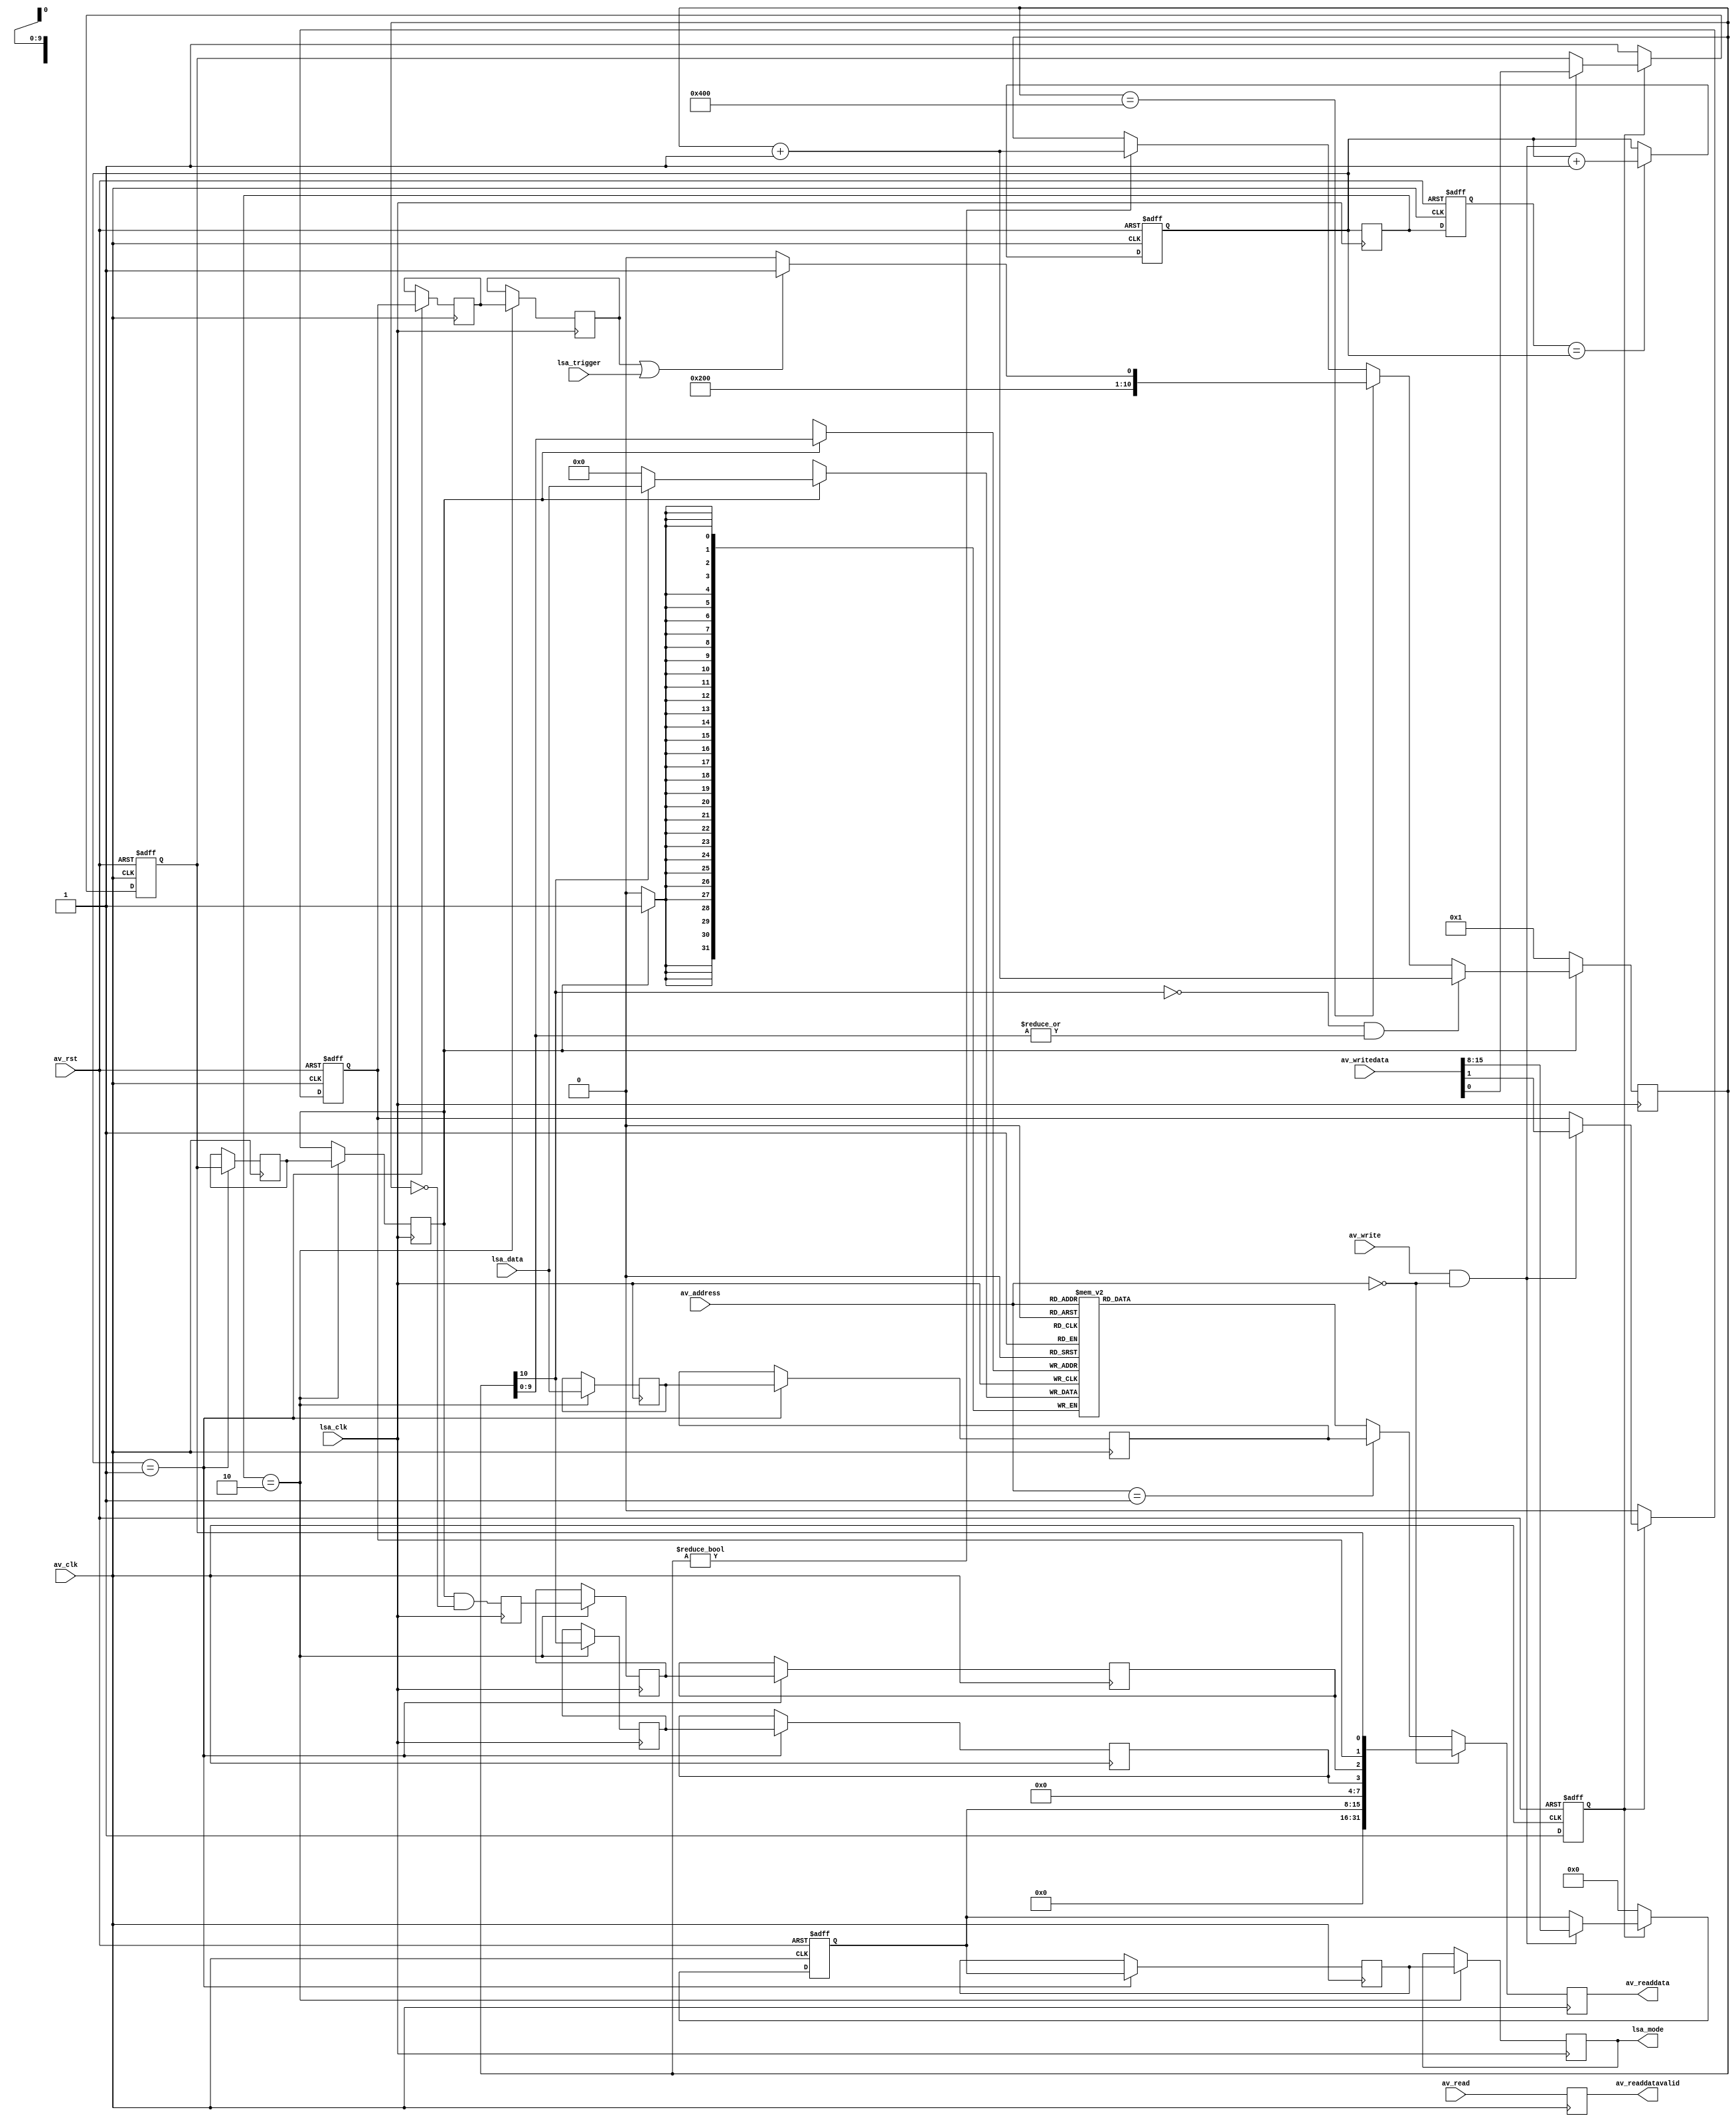
module debug_lsa
(
    input av_clk,
    input av_rst,
    input [9:0] av_address,
    input av_write,
    input av_read,
    input [31:0] av_writedata,
    output reg [31:0] av_readdata,
    output reg av_readdatavalid,
    output reg [7:0] lsa_mode,
    input lsa_clk,
    input lsa_trigger,
    input [31:0] lsa_data
);
    parameter INIT_ARMED = 1;
    parameter INIT_FORCED = 0;
    parameter INIT_MODE = 8'd0;
    reg [1:0] sync_av;
    reg [1:0] sync_lsa;
    reg [1:0] sync_lsa_av;
    reg ctrl_arm;
    reg av_arm;
    reg lsa_arm;
    reg ctrl_force;
    reg av_force;
    reg lsa_force;
    reg [7:0] ctrl_mode;
    reg [7:0] av_mode;
    reg sample_done;
    reg av_done;
    reg lsa_done;
    wire sample_running;
    reg av_running;
    reg lsa_running;
    wire [31:0] sample_live = lsa_data;
    reg [31:0] av_live;
    reg [31:0] lsa_live;
    always @ (posedge av_clk or posedge av_rst)
        if (av_rst)
        begin
            sync_lsa_av <= 2'd0;
            sync_av <= 2'd0;
        end
        else
        begin
            sync_lsa_av <= sync_lsa;
            sync_av <= (sync_lsa_av == sync_av) ? sync_av + 2'd1 : sync_av;
        end
    always @ (posedge lsa_clk)
        sync_lsa <= sync_av;
    always @ (posedge av_clk)
        if (sync_av == 2'b01)
            {av_live, av_running, av_done, av_mode, av_force, av_arm} <=
                            {lsa_live, lsa_running, lsa_done, ctrl_mode, ctrl_force, ctrl_arm};
    always @ (posedge lsa_clk)
        if (sync_lsa == 2'b10)
            {lsa_live, lsa_running, lsa_done, lsa_mode, lsa_force, lsa_arm} <=
                            {sample_live, sample_running, sample_done, av_mode, av_force, av_arm};
    reg [10:0] sample_waddr;
    assign sample_running = sample_waddr[10];
    reg [31:0] sample_data[1023:0];
    always @ (posedge lsa_clk)
        sample_done <= lsa_arm && (sample_waddr == 11'h000);
    always @ (posedge lsa_clk)
        if (!lsa_arm)
            sample_waddr <= 11'h001;
        else if (!sample_waddr[10] && |sample_waddr[9:0])
            sample_waddr <= sample_waddr + 11'd1;
        else if (sample_waddr == 11'h400)
            sample_waddr <= (lsa_force || lsa_trigger) ? 11'h401 : 11'h400;
        else if (sample_waddr != 11'h000)
            sample_waddr <= sample_waddr + 10'd1;
    always @ (posedge lsa_clk)
        if (lsa_arm)
            sample_data[sample_waddr[9:0]] <= (sample_waddr[10]) ? lsa_data : 32'd0;
    reg init_cycle;
    always @ (posedge av_clk or posedge av_rst)
        if (av_rst)
        begin
            ctrl_arm <= 1'b0;
            ctrl_force <= 1'b0;
            ctrl_mode <= 8'd0;
            init_cycle <= 1'b0;
        end
        else if (!init_cycle)
        begin
            ctrl_arm <= (INIT_ARMED != 0);
            ctrl_force <= (INIT_FORCED != 0);
            ctrl_mode <= INIT_MODE;
            init_cycle <= 1'b1;
        end
        else if (av_write && (av_address == 10'd0))
        begin
            ctrl_arm <= av_writedata[0];
            ctrl_force <= av_writedata[1];
            ctrl_mode <= av_writedata[15:8];
        end
    always @ (posedge av_clk)
        av_readdatavalid <= av_read;
    always @ (posedge av_clk)
        if (av_address == 10'd0)
            av_readdata <= {16'd0, ctrl_mode, 4'd0, av_running, av_done, ctrl_force, ctrl_arm};
        else if (av_address == 10'd1)
            av_readdata <= av_live;
        else
            av_readdata <= sample_data[av_address];
endmodule